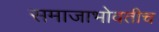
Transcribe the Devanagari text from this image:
समाजाभोवतीच